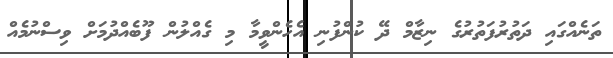
ތަނެއްގައި ދަތުރުފަތުރުގެ ނިޒާމް ދޭ ކުންފުނި އެހެންވީމާ މި ގެއްލުން ފޫބެއްދުމަށް ވިސްނުމެއް